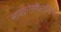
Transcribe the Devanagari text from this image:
मायक्रोसॉफ्टनिर्मित